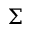
\boldsymbol \Sigma